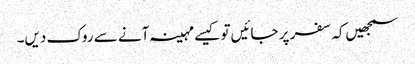
سمجھیں‌کہ سفر پر جائیں‌تو کیسے مہینہ آنے سے روک دیں۔